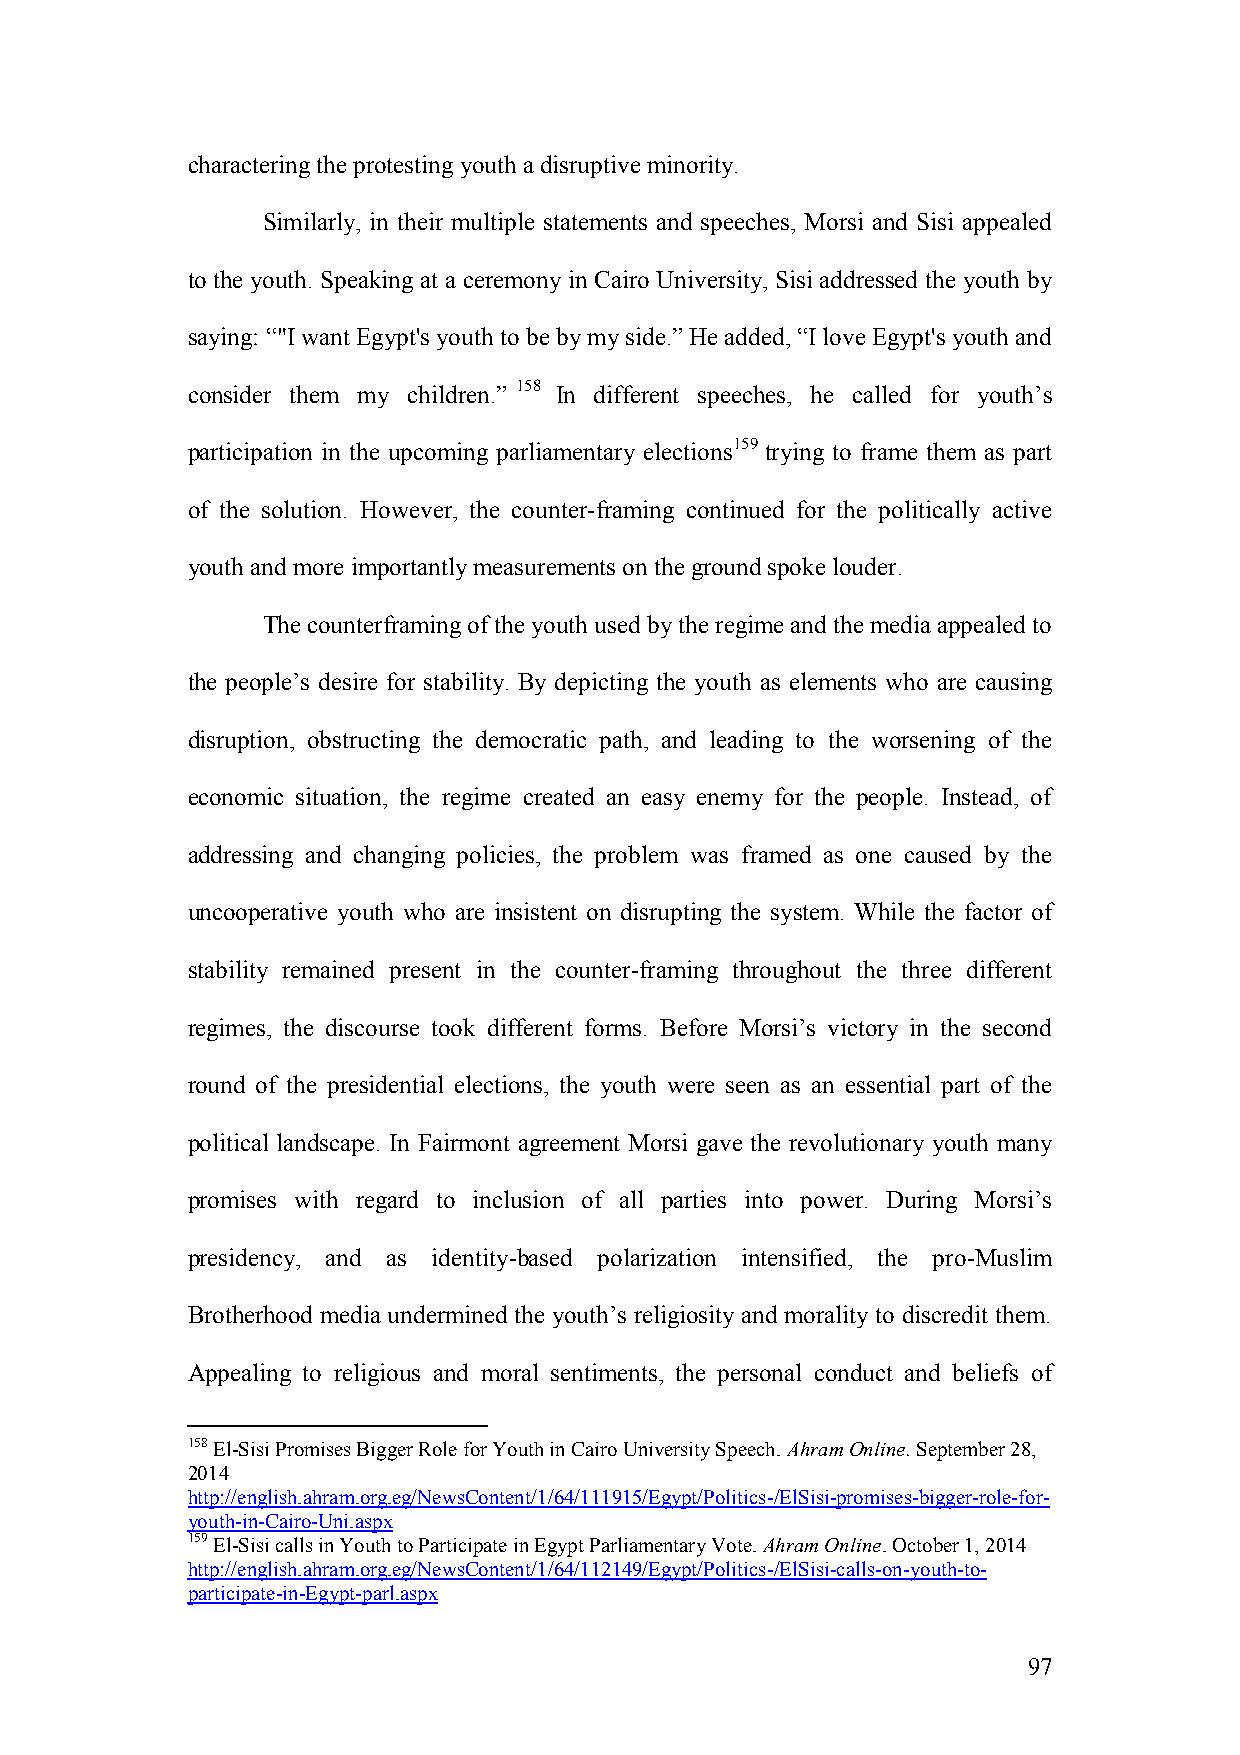
charactering the protesting youth a disruptive minority.
 Similarly, in their multiple statements and speeches, Morsi and Sisi appealed
 to the youth. Speaking at a ceremony in Cairo University, Sisi addressed the youth by
 saying: “"I want Egypt's youth to be by my side.” He added, “I love Egypt's youth and
 consider them my children.” 158 In different speeches, he called for youth’s
 participation in the upcoming parliamentary elections159 trying to frame them as part
 of the solution. However, the counter-framing continued for the politically active
 youth and more importantly measurements on the ground spoke louder.
 The counterframing of the youth used by the regime and the media appealed to
 the people’s desire for stability. By depicting the youth as elements who are causing
 disruption, obstructing the democratic path, and leading to the worsening of the
 economic situation, the regime created an easy enemy for the people. Instead, of
 addressing and changing policies, the problem was framed as one caused by the
 uncooperative youth who are insistent on disrupting the system. While the factor of
 stability remained present in the counter-framing throughout the three different
 regimes, the discourse took different forms. Before Morsi’s victory in the second
 round of the presidential elections, the youth were seen as an essential part of the
 political landscape. In Fairmont agreement Morsi gave the revolutionary youth many
 promises with regard to inclusion of all parties into power. During Morsi’s
 presidency, and as identity-based polarization intensified, the pro-Muslim
 Brotherhood media undermined the youth’s religiosity and morality to discredit them.
 Appealing to religious and moral sentiments, the personal conduct and beliefs of
 158 El-Sisi Promises Bigger Role for Youth in Cairo University Speech. Ahram Online. September 28,
 2014
 http://english.ahram.org.eg/NewsContent/1/64/111915/Egypt/Politics-/ElSisi-promises-bigger-role-for-
 youth-in-Cairo-Uni.aspx
 159 El-Sisi calls in Youth to Participate in Egypt Parliamentary Vote. Ahram Online. October 1, 2014
 http://english.ahram.org.eg/NewsContent/1/64/112149/Egypt/Politics-/ElSisi-calls-on-youth-to-
 participate-in-Egypt-parl.aspx
 97